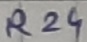
Text: R24